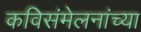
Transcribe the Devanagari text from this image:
कविसंमेलनांच्या